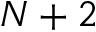
N + 2